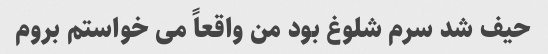
حیف شد سرم شلوغ بود من واقعاً می خواستم بروم